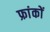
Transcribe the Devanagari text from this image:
फ्रांकों